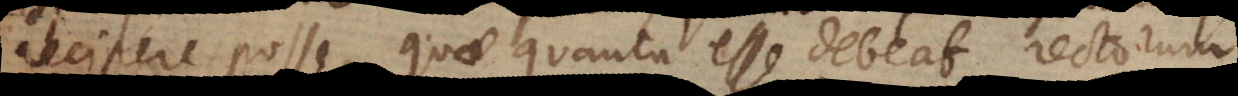
recipere posse, quae quanta esse debeat, rectorum